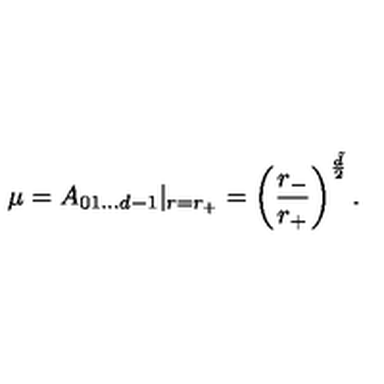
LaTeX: \mu = A _ { 0 1 . . . d - 1 } | _ { r = r _ { + } } = \left( \frac { r _ { - } } { r _ { + } } \right) ^ { \frac { \tilde { d } } { 2 } } .